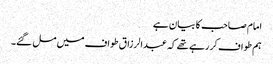
امام صاحب کا بیان ہے
ہم طواف کر رہے تھے کہ عبدالرزاق طواف میں مل گئے۔